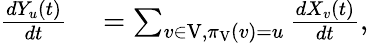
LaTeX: \begin{array}{rl}{\frac{dY_{u}\left(t\right)}{dt}}&{{}=\sum_{v\in\mathrm{V},\pi_{\mathrm{V}}\left(v\right)=u}\frac{dX_{v}\left(t\right)}{dt},}\end{array}